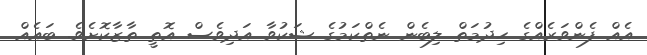
އެއް ފެންވަރެއްގެ ހިދުމަތް ލިބެން ނެތްކަމުގެ ޝަކުވާ އަދިވެސް އޮތީ ތާޒާކޮށެވެ. ބައެއް